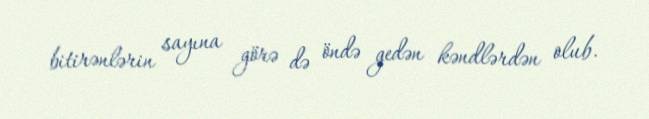
bitirənlərin sayına görə də öndə gedən kəndlərdən olub.